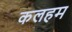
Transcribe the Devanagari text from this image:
कलहम